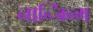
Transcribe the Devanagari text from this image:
नान्जिन्ग